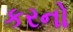
કરનો